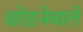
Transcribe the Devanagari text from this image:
छोड़नेवाले